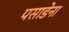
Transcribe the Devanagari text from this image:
पसाडेना